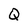
Character: Q